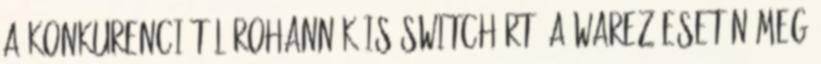
a konkurenciától rohannék is switchért. a warez esetén meg